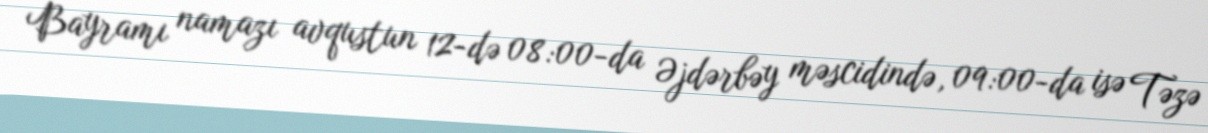
Bayramı namazı avqustun 12-də 08:00-da Əjdərbəy məscidində, 09:00-da isə Təzə